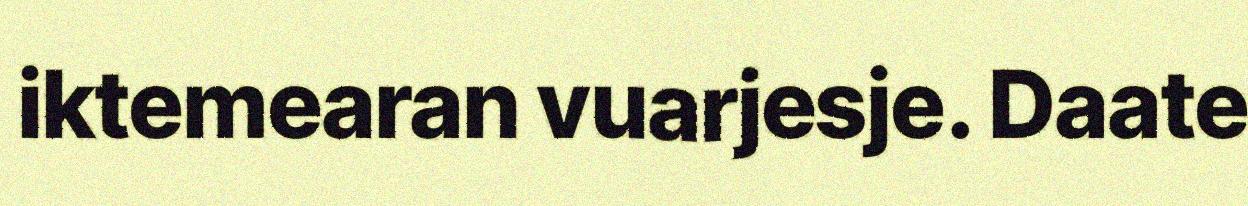
iktemearan vuarjesje. Daate